65_HS1-834228961_62-HQ-83894_Section_7
Agency: FBI
Page 113
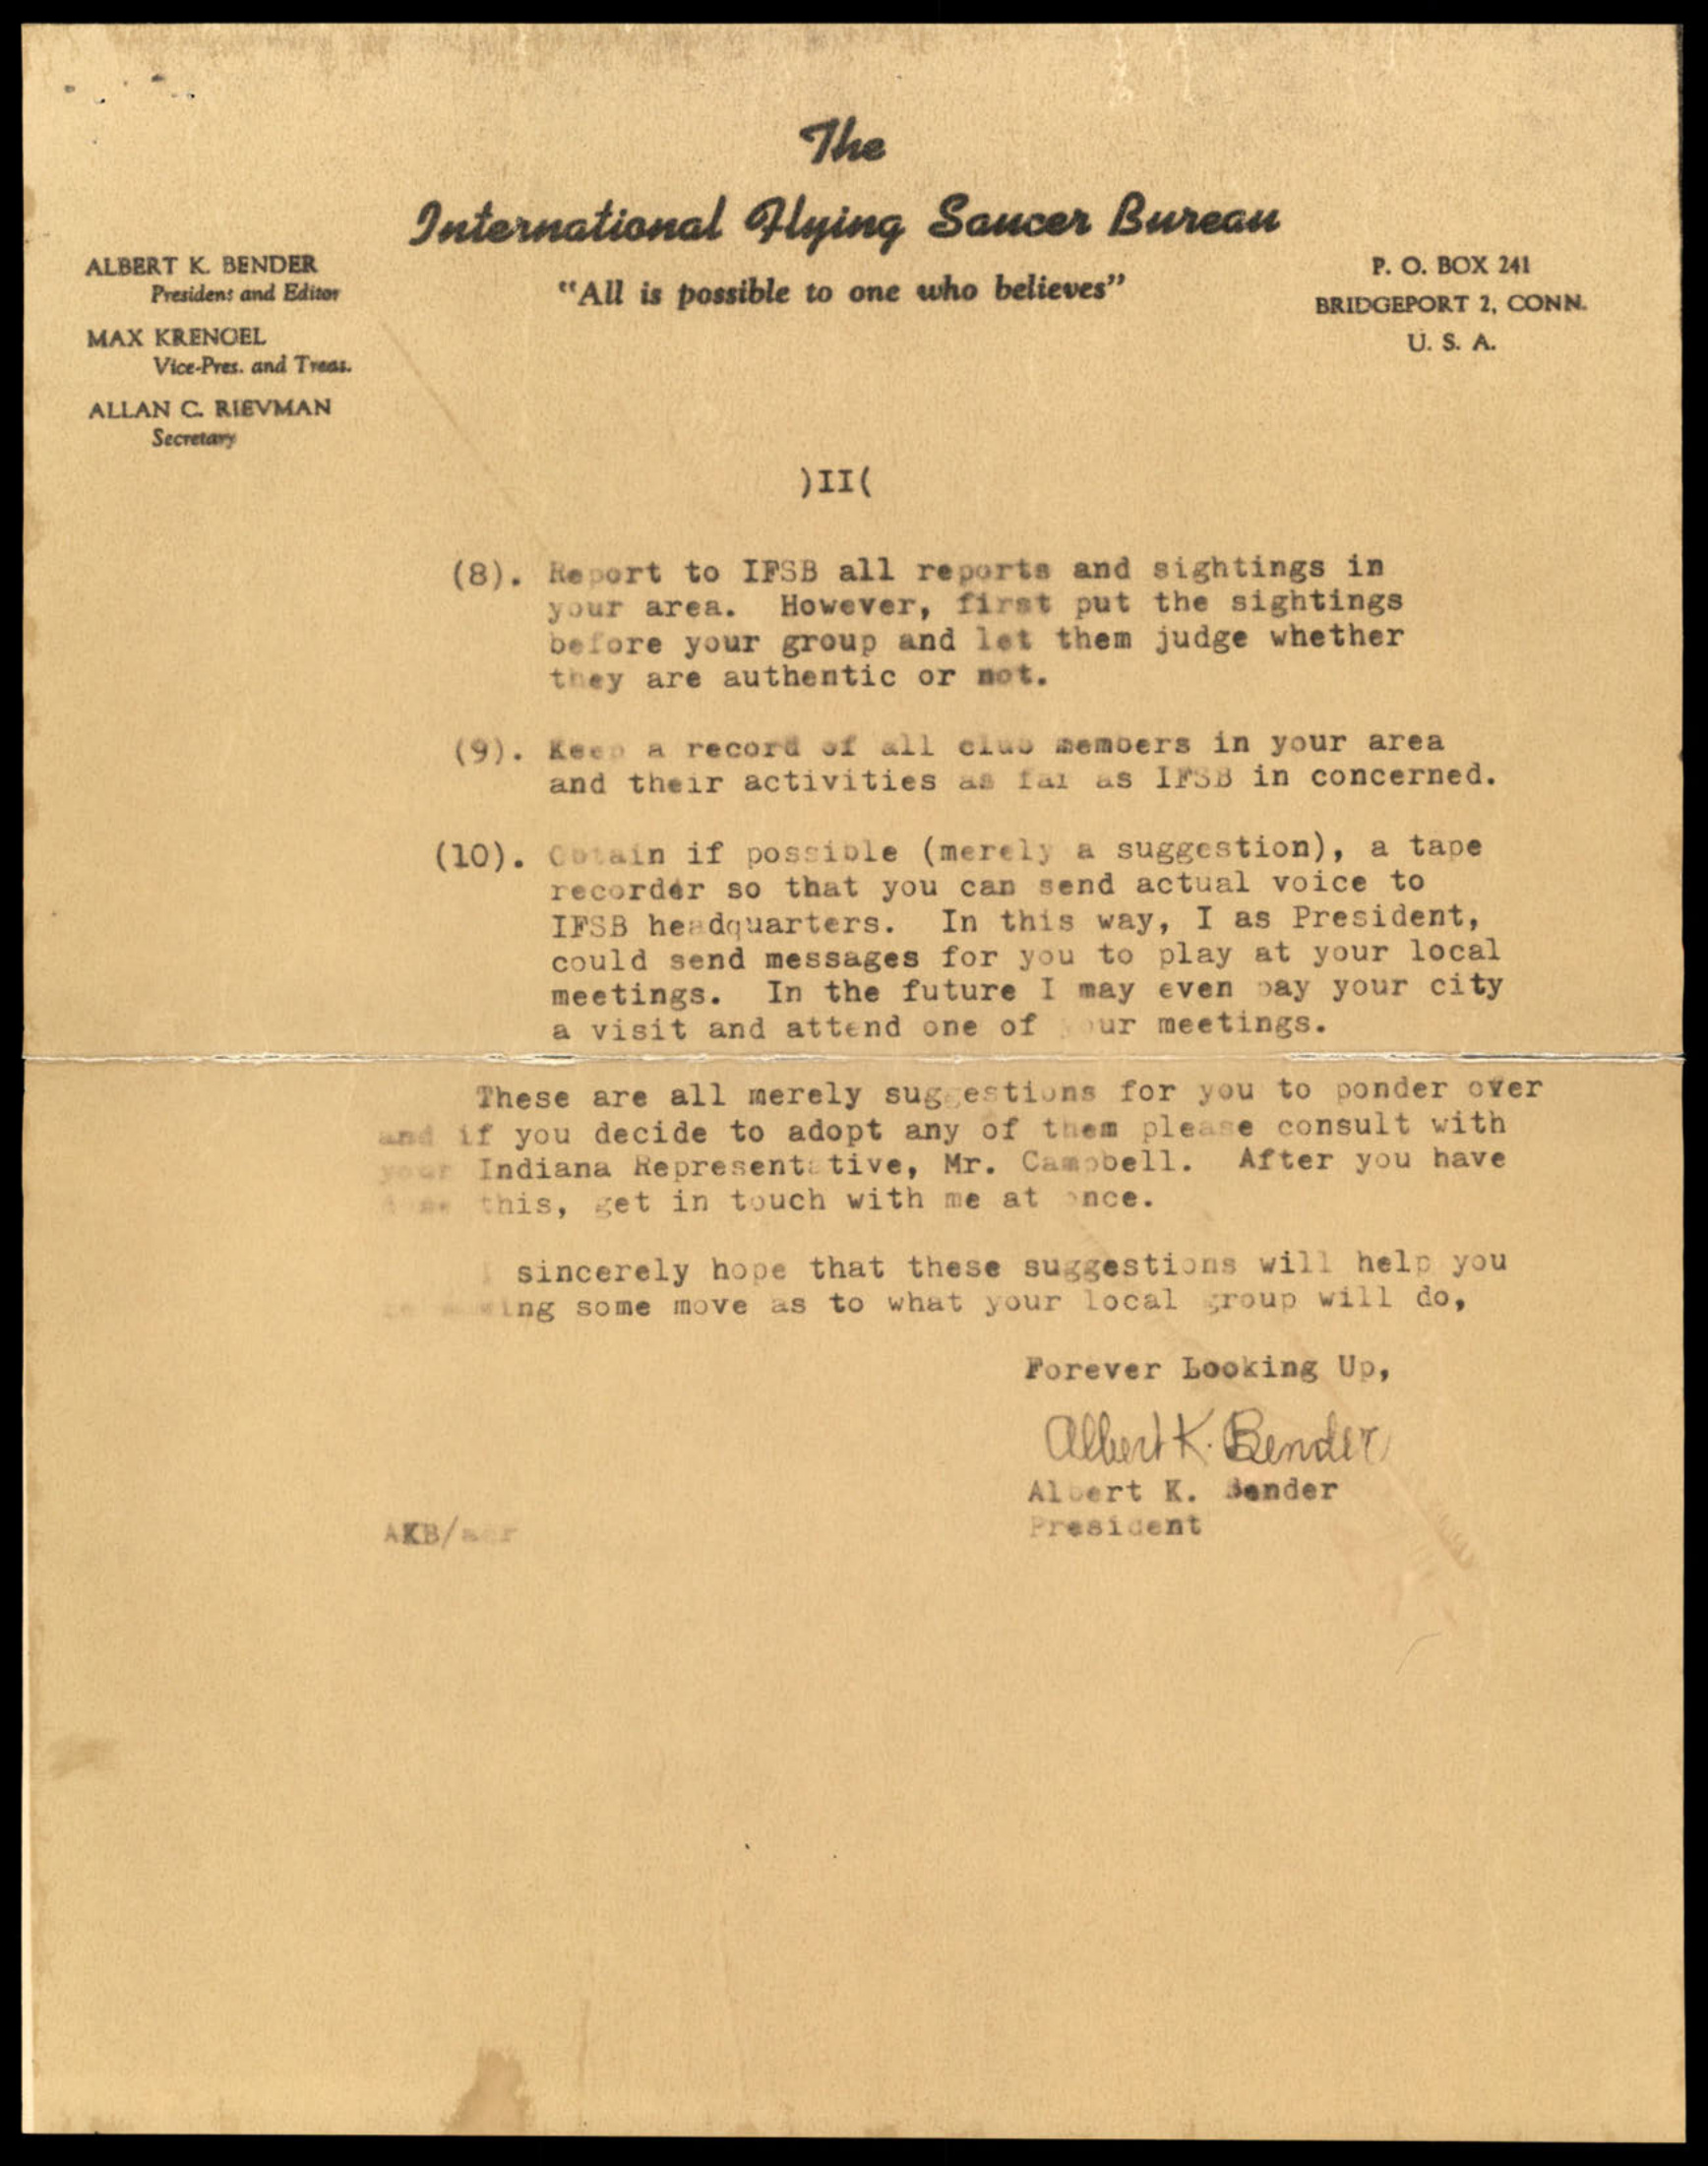